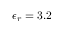
\epsilon _ { r } = 3 . 2